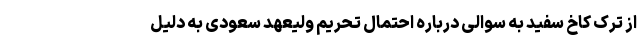
از ترک کاخ سفید به سوالی درباره احتمال تحریم ولیعهد سعودی به دلیل